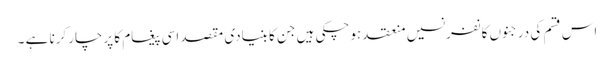
اس قسم کی درجنوں کانفرنسیں منعقد ہوچکی ہیں جن کا بنیادی مقصد اسی پیغام کا پرچارکرنا ہے ۔